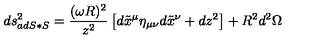
d s _ { a d S * S } ^ { 2 } = { \frac { ( \omega R ) ^ { 2 } } { z ^ { 2 } } } \left[ d \tilde { x } ^ { \mu } \eta _ { \mu \nu } d \tilde { x } ^ { \nu } + d z ^ { 2 } \right] + R ^ { 2 } d ^ { 2 } \Omega